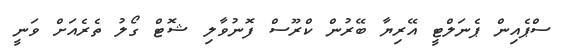
ސްޕެއިން ޕެނަލްޓީ އޭރިޔާ ބޭރުން ކްރޫސް ފޮނުވާލި ޝޮޓް ގޯލު ތެރެއަށް ވަނީ